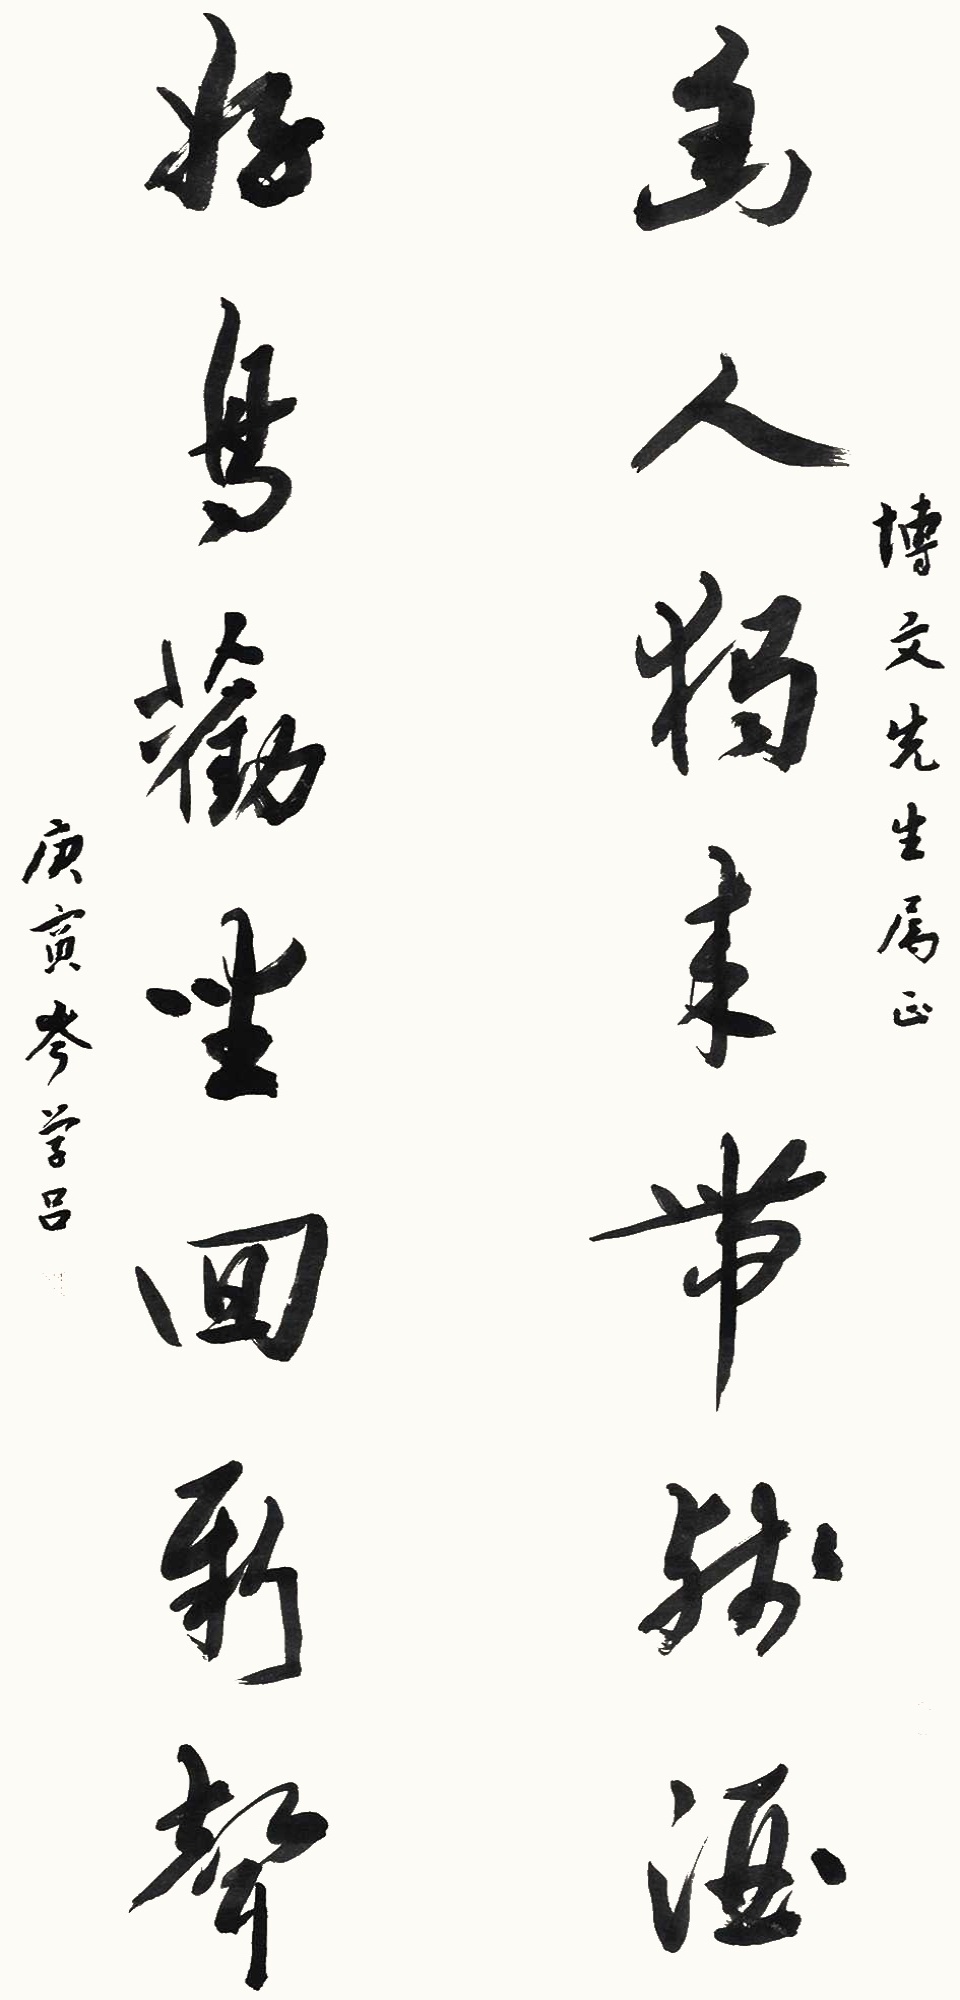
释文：幽人独来带残酒，好鸟劝坐回新声。博文先生属正。庚寅，岑学吕。